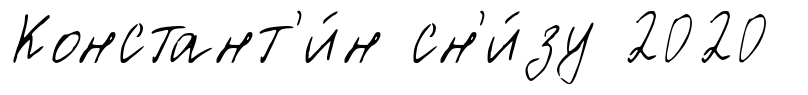
Констант'и́н сн'и́зу 2020